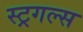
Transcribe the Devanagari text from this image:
स्ट्रगल्स